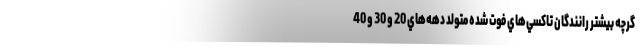
گرچه بيشتر رانندگان تاكسي‌هاي فوت‌ شده متولد دهه‌هاي 20 و 30 و 40